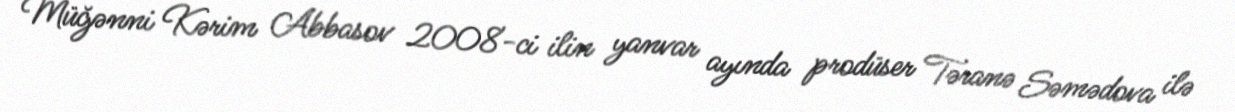
Müğənni Kərim Abbasov 2008-ci ilin yanvar ayında prodüser Təranə Səmədova ilə